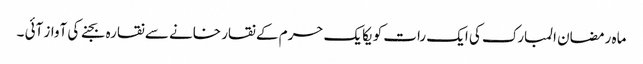
ماہ رمضان المبارک کی ایک رات کو یکایک حرم کے نقار خانے سے نقارہ بجنے کی آواز آئی ۔